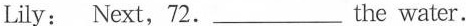
Lily: Next, 72.___the water.